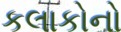
કલાકોનો